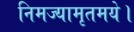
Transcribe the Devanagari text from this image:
निमज्यामृतमये।